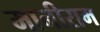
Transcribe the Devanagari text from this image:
मानीराम